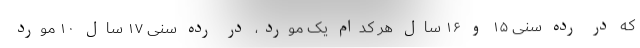
که در رده سنی ۱۵ و ۱۶ سال هر کدام یک مورد، در رده سنی ۱۷ سال ۱۰ مورد